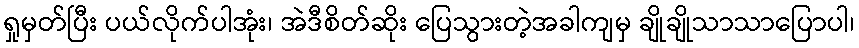
ရှုမှတ်ပြီး ပယ်လိုက်ပါအုံး၊ အဲဒီစိတ်ဆိုး ပြေသွားတဲ့အခါကျမှ ချိုချိုသာသာပြောပါ၊